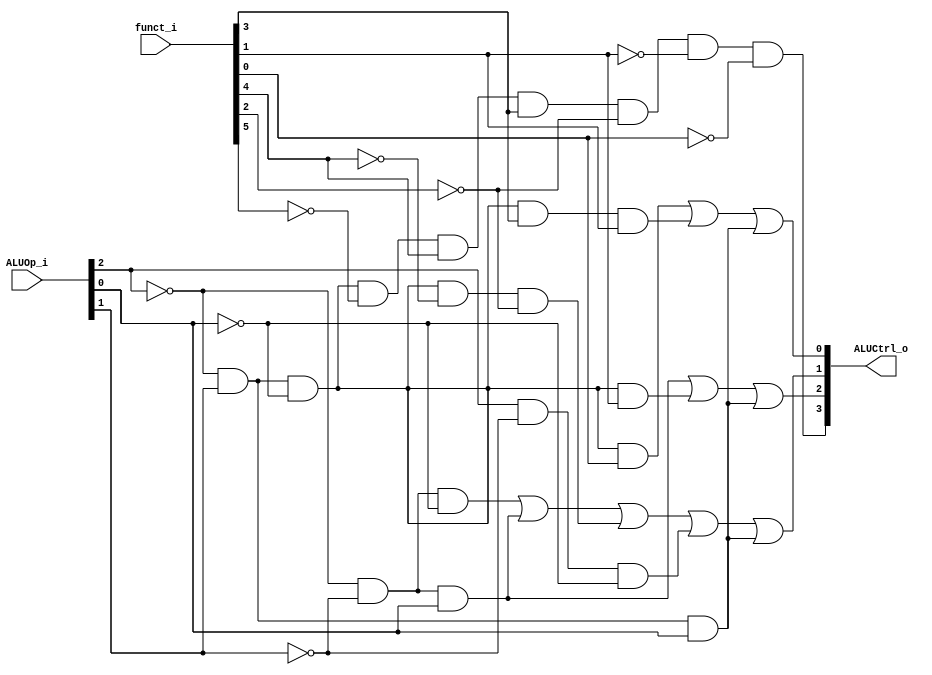
// 0716089
//Subject:     CO project 2 - ALU Controller
//--------------------------------------------------------------------------------
//Version:     1
//--------------------------------------------------------------------------------
//Writer:      
//----------------------------------------------
//Date:        
//----------------------------------------------
//Description: 
//--------------------------------------------------------------------------------
`timescale 1ns/1ps
module ALU_Ctrl(
          funct_i,
          ALUOp_i,
          ALUCtrl_o
          );
          
//I/O ports 
input      [6-1:0] funct_i;
input      [3-1:0] ALUOp_i;

output     [4-1:0] ALUCtrl_o;    
     
//Internal Signals
reg        [4-1:0] ALUCtrl_o;

//Parameter
wire c0,c1,c2,c3;
assign c0 = (!ALUOp_i[2] && ALUOp_i[1] && !ALUOp_i[0] && funct_i[0]) || (!ALUOp_i[2] && ALUOp_i[1] && !ALUOp_i[0] && funct_i[3] && funct_i[1]) || (!ALUOp_i[2] && ALUOp_i[1] && ALUOp_i[0]);
assign c1 = (!ALUOp_i[2] && !ALUOp_i[1] && !ALUOp_i[0]) || (!ALUOp_i[2] && !ALUOp_i[1] && ALUOp_i[0]) || (!ALUOp_i[2] && ALUOp_i[1] && !ALUOp_i[0] && !funct_i[4] && !funct_i[2]) || (ALUOp_i[2] && !ALUOp_i[1] && !ALUOp_i[0]) || (!ALUOp_i[2] && ALUOp_i[1] && ALUOp_i[0]);
assign c2 = (!ALUOp_i[2] && !ALUOp_i[1] && ALUOp_i[0]) || (!ALUOp_i[2] && ALUOp_i[1] && !ALUOp_i[0] && funct_i[1]) || (!ALUOp_i[2] && ALUOp_i[1] && ALUOp_i[0]);
assign c3 = !ALUOp_i[2] && ALUOp_i[1] && !ALUOp_i[0] && !funct_i[5] && funct_i[4] && funct_i[3] && !funct_i[2] && !funct_i[1] && !funct_i[0];
always @(*) begin
    ALUCtrl_o = {c3,c2,c1,c0};
end

endmodule